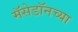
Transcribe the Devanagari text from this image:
मॅसेडॉनच्या